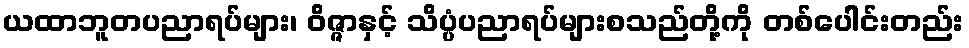
ယထာဘူတပညာရပ်များ၊ ဝိဇ္ဇာနှင့် သိပ္ပံပညာရပ်များစသည်တို့ကို တစ်ပေါင်းတည်း